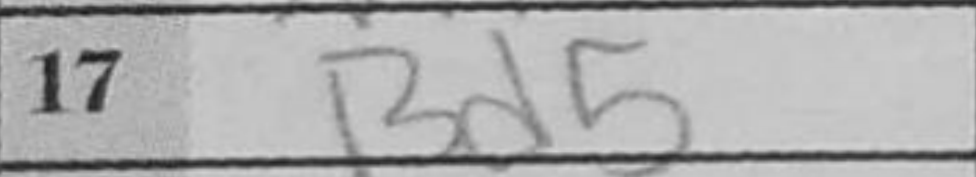
Transcription: Bd5